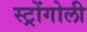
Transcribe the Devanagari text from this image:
स्ट्रोंगोली